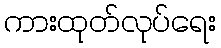
ကားထုတ်လုပ်ရေး